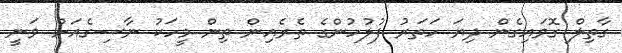
ގާތިލް ގޮވައިގެން ދިޔަ ހަތަރު ފުލުހުންގެ ތެރެއިން ތިން މީހަކު ނާސިގެއަށް ވަނީ